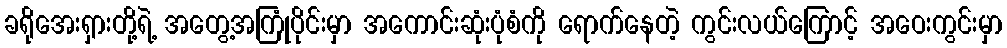
ခရိုအေးရှားတို့ရဲ့ အတွေ့အကြုံပိုင်းမှာ အကောင်းဆုံးပုံစံကို ရောက်နေတဲ့ ကွင်းလယ်ကြောင့် အဝေးကွင်းမှာ